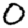
Digit: 0